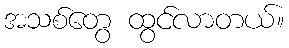
အသစ်တွေ ထွင်လာတယ်။